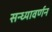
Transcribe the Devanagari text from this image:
सन्ध्यावर्णन